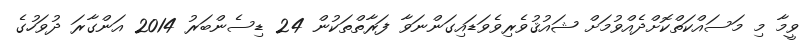
ވީމާ މި މަސައްކަތްކޮށްދެއްވުމަށް ޝައުޤުވެރިވެވަޑައިގަންނަވާ ފަރާތްތަކުން 24 ޑިސެންބަރު 2014 އަންގާރަ ދުވަހުގެ